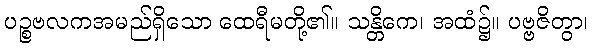
ပဉ္စဗလကအမည်ရှိသော ထေရီမတို့၏။ သန္တိကေ၊ အထံ၌။ ပဗ္ဗဇိတွာ၊